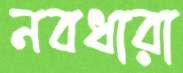
নবধারা